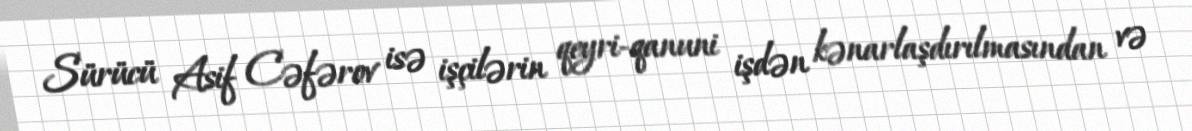
Sürücü Asif Cəfərov isə işçilərin qeyri-qanuni işdən kənarlaşdırılmasından və